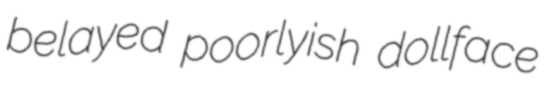
belayed poorlyish dollface